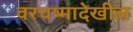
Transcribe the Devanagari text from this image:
वरचष्मादेखील